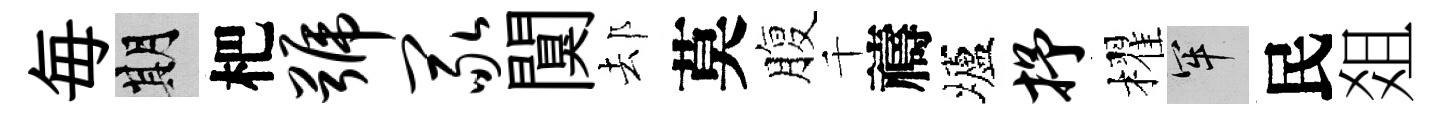
毎期杷号冢闃𨚫莫腹千禱壚抒櫂牢民爼